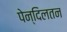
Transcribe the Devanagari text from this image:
पेन्दिलतन